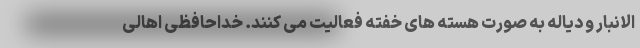
الانبار و دیاله به صورت هسته های خفته فعالیت می کنند. خداحافظی اهالی